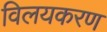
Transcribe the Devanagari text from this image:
विलयकरण